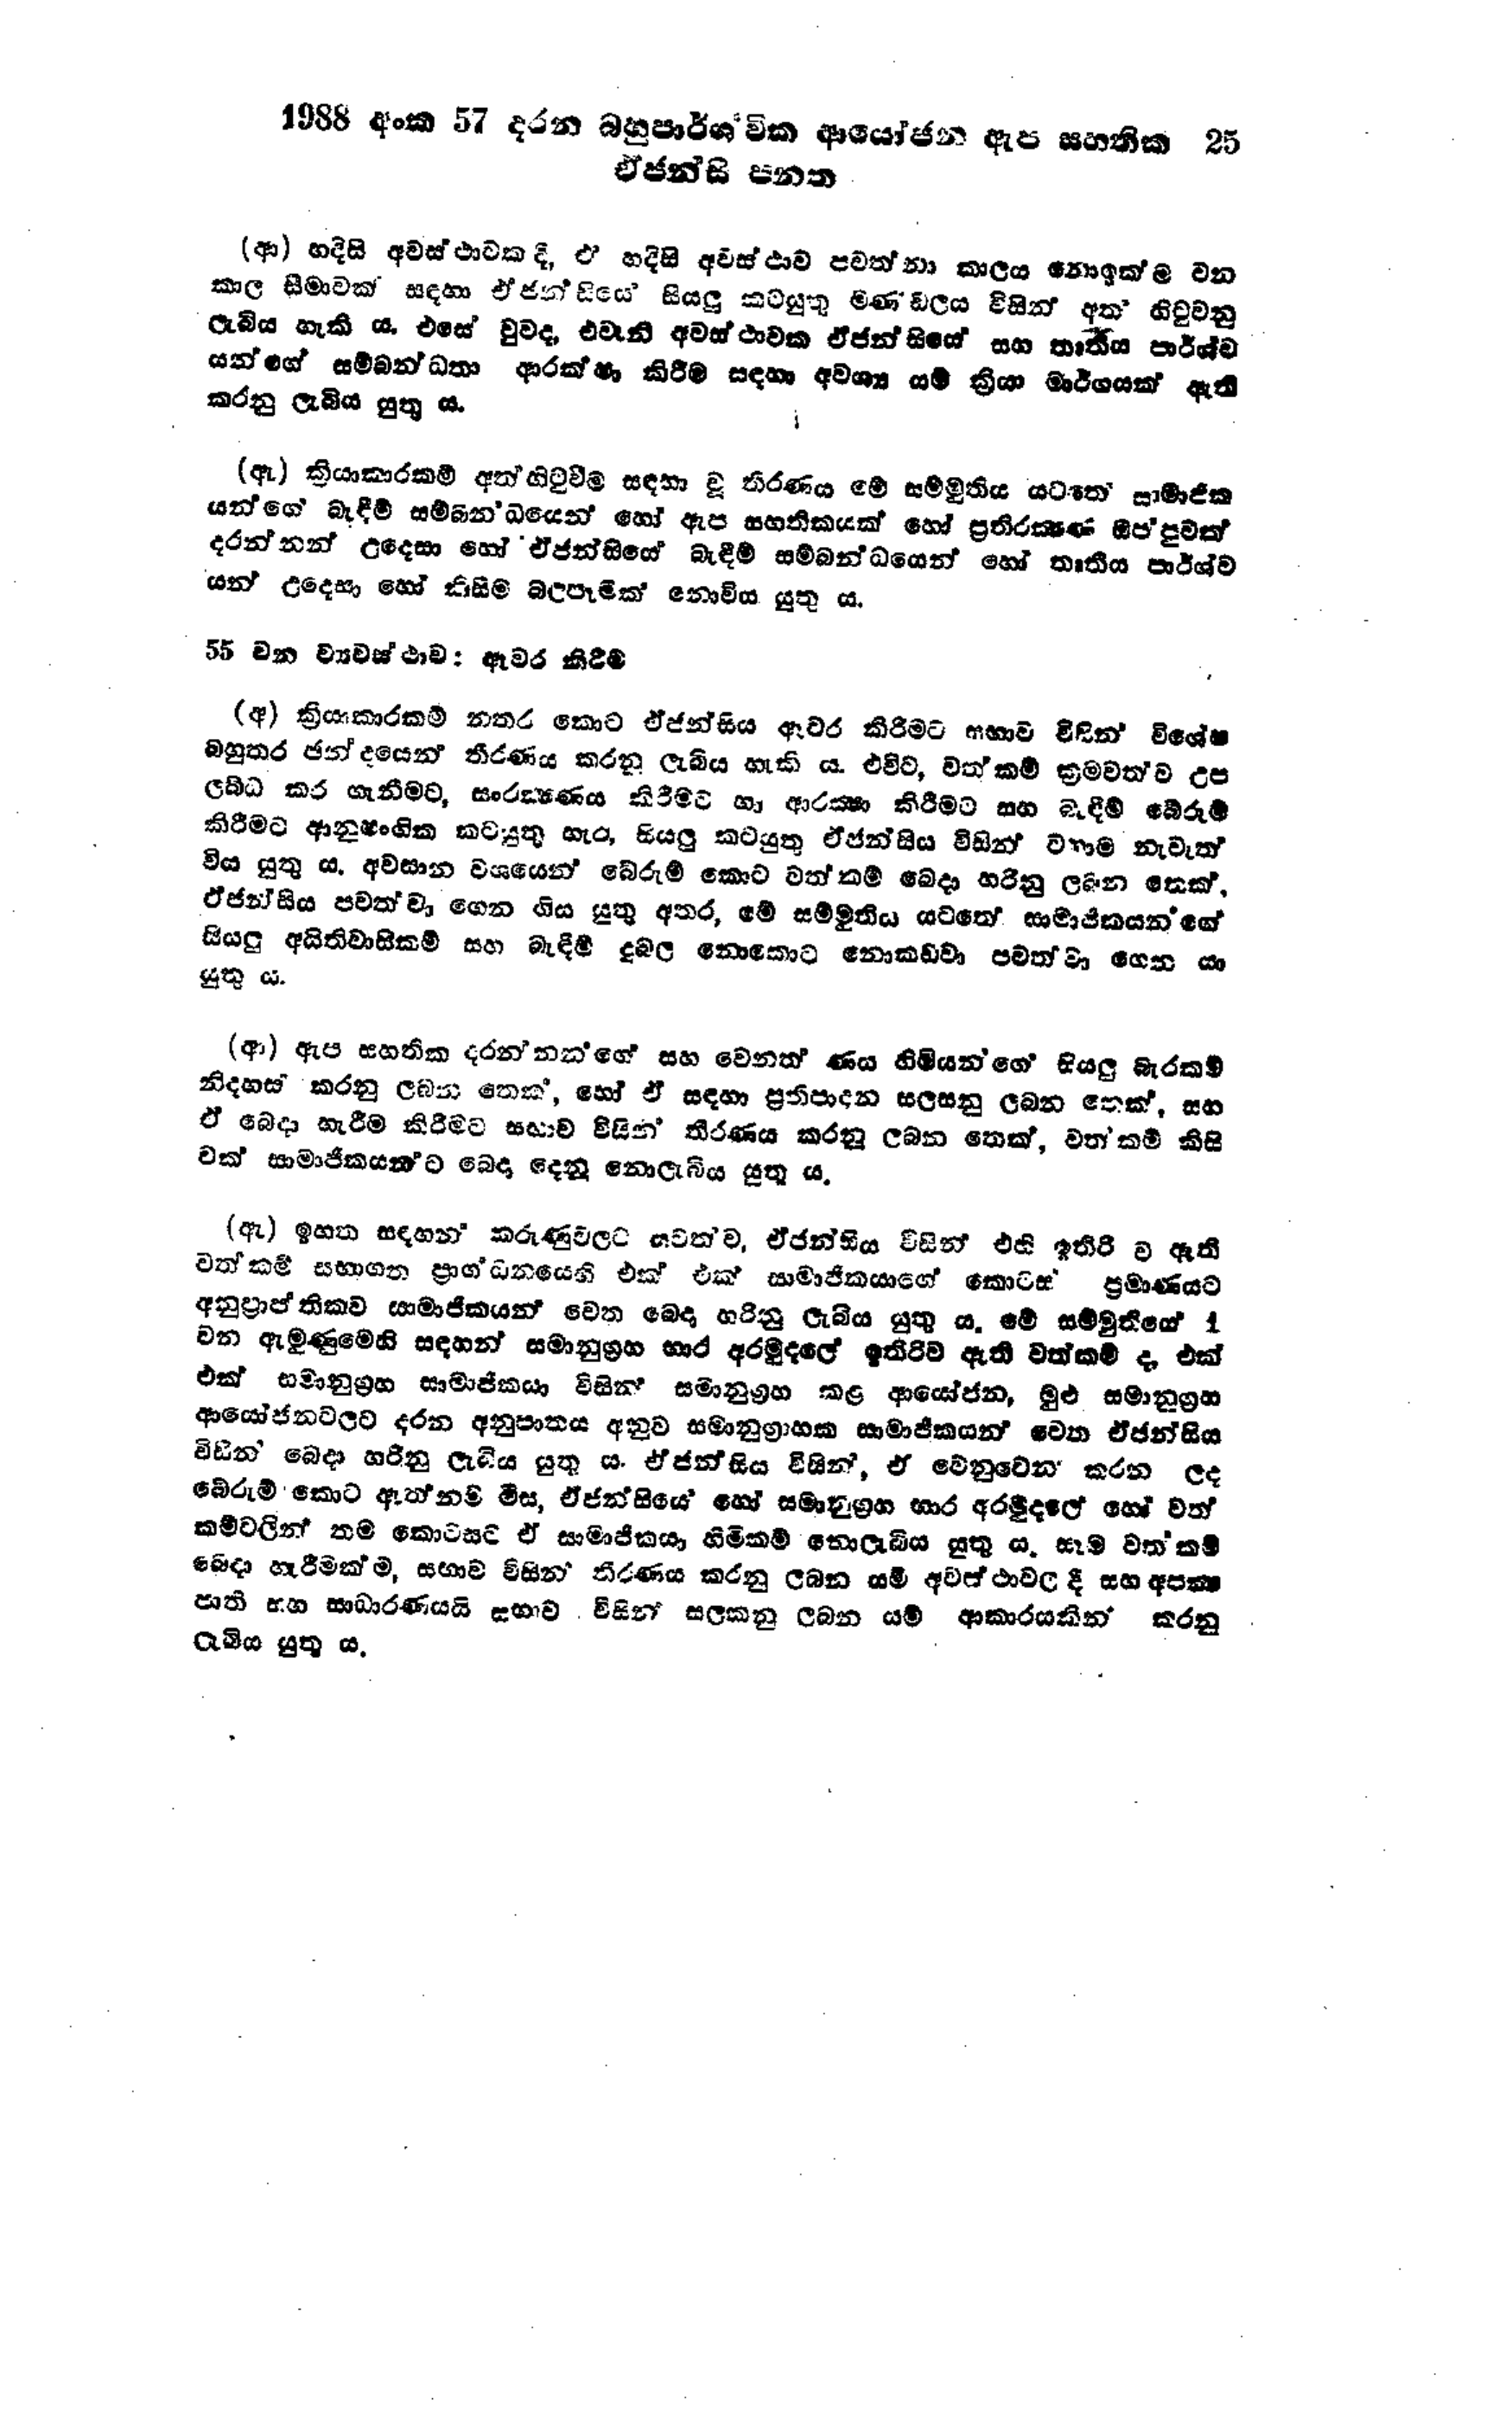
1988 අංක 57 දරන බහුපාර්ශ්වික ආයෝජන ඇප සහතික 25
ඒජන්සි පනත

(ආ) හදිසි අවස්ථාවක දී, ඒ හදිසි අවස්ථාව පවත්නා කාලය නොඉක්ම වන
කාල සීමාවක් සඳහා ඒජන්සියේ සියලු කටයුතු මණ්ඩලය විසින් අත් හිටුවනු
ලැබිය හැකි ය. එසේ වුව ද, එවැනි අවස්ථාවක ඒජන්සියේ සහ තෘතීය පාර්ශ්ව
යන්ගේ සම්බන්ධතා ආරක්ෂා කිරීම සඳහා අවශ්‍ය යම් ක්‍රියා මාර්ගයක් ඇති
කරනු ලැබිය යුතු ය.

(ඇ) ක්‍රියාකාරකම් අත්හිටුවීම සඳහා වූ තීරණය මේ සම්මුතිය යටතේ සාමාජික
යන්ගේ බැඳීම් සම්බනධයෙන් හෝ ඇප සහතිකයක් හෝ ප්‍රතිරක්ෂණ ඔප්පුවක්
දරන්නන් උදෙසා හෝ ඒජන්සියේ බැඳීම් සම්බන්ධයෙන් හෝ තෘතීය පාර්ශ්ව
යන් උදෙසා හෝ කිසිම බලපෑමක් නොවිය යුතු ය.

55 වන ව්‍යවස්ථාව: ඇවර කිරීම

(අ) ක්‍රියාකාරකම් නතර කොට ඒජන්සිය ඇවර කිරීමට සභාව විසින් විශේෂ
බහුතර ඡන්දයෙන් තීරණය කරනු ලැබිය හැකි ය. එවිට, වත්කම් ක්‍රමවත්ව උප
ලබ්ධ කර ගැනීමට, සංරක්ෂණය කිරීමට හා ආරක්ෂා කිරීමට සහ බැඳීම් බේරුම්
කිරීමට ආනුෂංගික කටයුතු හැර, සියලු කටයුතු ඒජන්සිය විසින් වහාම නැවැත්
විය යුතුය. අවසාන වශයෙන් බේරුම් කොට වත්කම් බෙදා හරිනු ලබන තෙක්.
ඒජන්සිය පවත්වා ගෙන ගිය යුතු අතර, මේ සම්මුතිය යටතේ සාමාජිකයන්ගේ
සියලු අයිතිවාසිකම් සහ බැඳීම දුබල නොකොට නොකඩවා පවත්වා ගෙන යා
යුතු ය.

(ආ) ඇප සහතික දරන්නන්ගේ සහ වෙනත් ණය හිමියන්ගේ සියලු බැරකම්
නිදහස් කරනු ලබන තෙක්, හෝ ඒ සඳහා ප්‍රතිපාදන සලසනු ලබන තෙක්, සහ
ඒ බෙදා හැරීම කිරීමට සභාව විසින් තීරණය කරනු ලබන තෙක්, වත්කම් කිසි
වක් සාමාජිකයනට බෙදා දෙනු නොලැබිය යුතු ය.

(ඇ) ඉහත සඳහන‍් කරුණු වලට යටත්ව, ඒ ජන්සිය විසින් එහි ඉතිරි ව ඇති
වත්කම් සභාගත ප්‍රාග්ධනයෙහි එක් එක් සාමාජිකයාගේ කොටස් ප්‍රමාණයට
අනුප්‍රාප්තිකව සාමාජිකයන් වෙත බෙදා හරිනු ලැබිය යුතුය. මේ සම්මුතියේ 1
වන ඇමුණුමෙහි සඳහන් සමානුග්‍රහ භාර අරමුදලේ ඉතිරිව ඇති වත්කම් ද, එක්
එක් සමානුග්‍රහ සාමාජිකයා විසින් සමානුග්‍රහ කළ ආයෝජන, මුළු සමානුග්‍රහ
ආයෝජනවලට දරන අනුපාතය අනුව සමානුග්‍රාහක සාමාජිකයන් වෙත ඒජන්සිය
විසින් බෙදා හරිනු ලැබිය යුතු ය. ඒජන්සිය විසින්, ඒ වෙනුවෙන කරන ලද
බේරුම් කොට ඇත්නම් මිස, ඒජන්සියේ හෝ සමානුග්‍රහ භාර අරමුදලේ හෝ වත්
කම් වලින් තම කොටසට ඒ සාමාජිකයා හිමිකම් නොලැබිය යුතු ය. සෑම වත්කම්
බෙදා හැරීමක්ම, සභාව විසින් තීරණය කරනු ලබන යම් අවස්ථාවල දී සහ අපක්‍ෂ
ජාති සහ සාධාරණයයි සභාව විසින් සලකනු ලබන යම් ආකාරයකින් කරනු
ලැබිය යුතු ය.